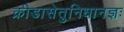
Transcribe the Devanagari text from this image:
क्रीडासेतुनिधानज्ञः